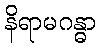
နိရာမဂန္ဓာ